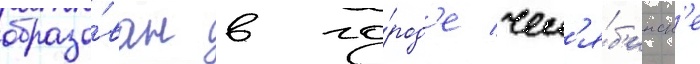
образо́ван в го́род'е чел'я́б'инск'е